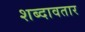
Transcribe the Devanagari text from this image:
शब्दावतार